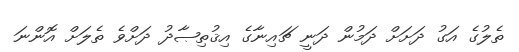
ތެލުގެ އަގު ދަށަށް ދަމުން ދަނީ ޗައިނާގެ އިޤުތިޞާދު ދަށްވެ ތެލަށް އޮންނަ